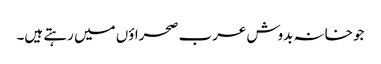
جو خانہ بدوش عرب صحراؤں میں رہتے ہیں۔